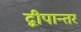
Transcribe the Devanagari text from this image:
द्वीपान्तर